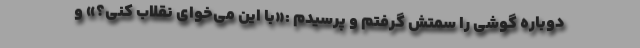
دوباره گوشی را سمتش گرفتم و پرسیدم :«با این می‌خوای نقلاب کنی؟» و